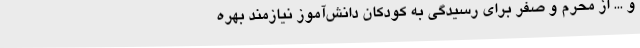
و ... از محرم و صفر برای رسیدگی به کودکان دانش‌آموز نیازمند بهره